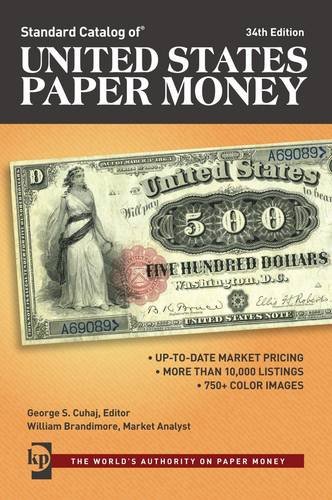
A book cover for Standard Catalog of United States Paper Money; Crafts, Hobbies & Home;